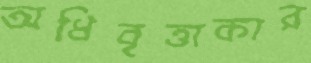
অধিবৃত্তাকার